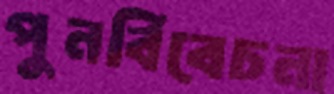
পুনর্বিবেচনা